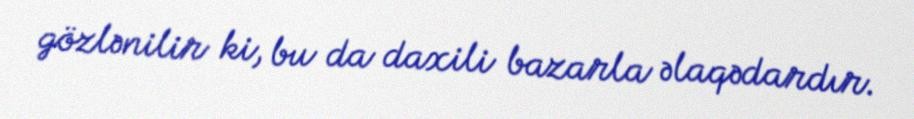
gözlənilir ki, bu da daxili bazarla əlaqədardır.